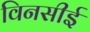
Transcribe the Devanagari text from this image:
विनसीई